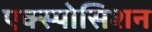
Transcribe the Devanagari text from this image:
एक्स्पोसिशन